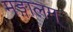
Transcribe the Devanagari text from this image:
मङ्गालम्